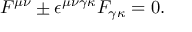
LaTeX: F ^ { \mu \nu } \pm \epsilon ^ { \mu \nu \gamma \kappa } F _ { \gamma \kappa } = 0 .